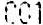
C01